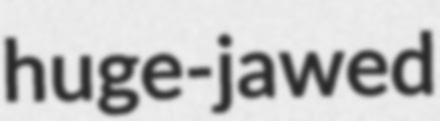
huge-jawed